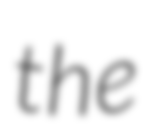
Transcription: the